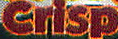
Crisp